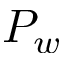
P _ { w }